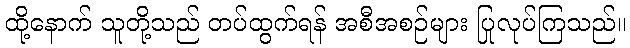
ထို့နောက် သူတို့သည် တပ်ထွက်ရန် အစီအစဉ်များ ပြုလုပ်ကြသည်။